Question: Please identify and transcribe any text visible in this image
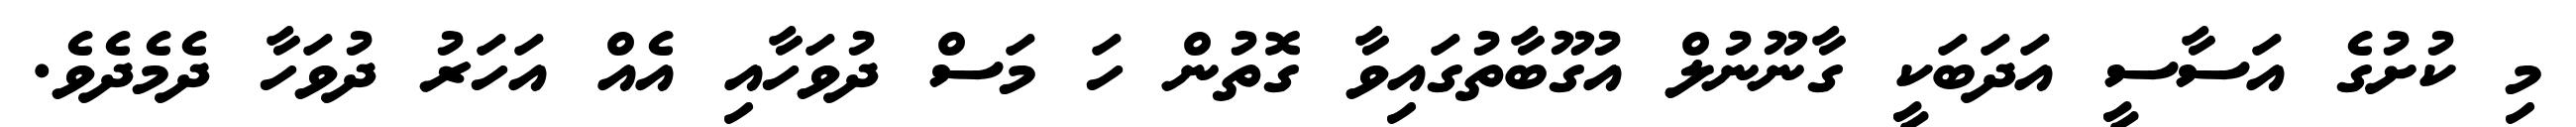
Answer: މި ކުށުގެ އަސާސީ އަދަބަކީ ގާނޫނުލް އުގޫބާތުގައިވާ ގޮތުން ހަ މަސް ދުވަހާއި އެއް އަހަރު ދުވަހާ ދެމެދެވެ.